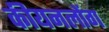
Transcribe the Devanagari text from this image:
कीयनलोंग